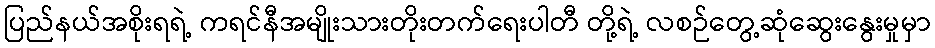
ပြည်နယ်အစိုးရရဲ့ ကရင်နီအမျိုးသားတိုးတက်ရေးပါတီ တို့ရဲ့ လစဉ်တွေ့ဆုံဆွေးနွေးမှုမှာ